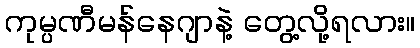
ကုမ္ပဏီမန်နေဂျာနဲ့ တွေ့လို့ရလား။